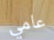
عامي